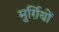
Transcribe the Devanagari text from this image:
मुर्ग़ियों